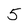
Character: 5